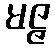
မဇ္ဇ